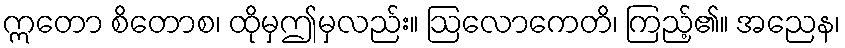
ဣတော စိတောစ၊ ထိုမှဤမှလည်း။ ဩလောကေတိ၊ ကြည့်၏။ အညေန၊